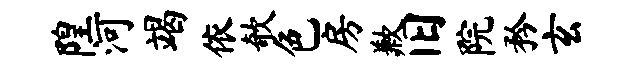
隍河竭依欹色房歉旧院矜玄